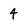
Character: 4